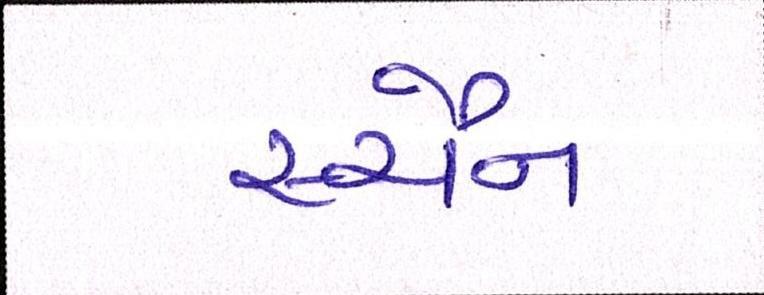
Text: સ્ચૈન